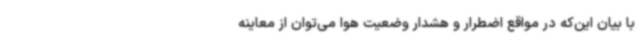
با بیان این‌که در مواقع اضطرار و هشدار وضعیت هوا می‌توان از معاینه